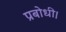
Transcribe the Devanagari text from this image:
प्रबोधी।